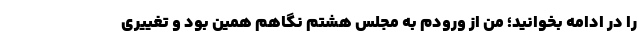
را در ادامه بخوانید؛ من از ورودم به مجلس هشتم نگاهم همین بود و تغییری